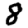
Digit: 8